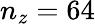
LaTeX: n_{z}=64